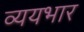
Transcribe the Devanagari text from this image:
व्ययभार